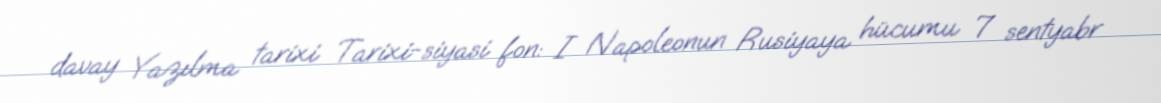
davay Yazılma tarixi Tarixi-siyasi fon: I Napoleonun Rusiyaya hücumu 7 sentyabr